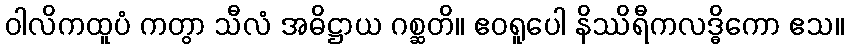
ဝါလိကထူပံ ကတွာ သီလံ အဓိဋ္ဌာယ ဂစ္ဆတိ။ ဧဝရူပေါ နိဿိရီကလဒ္ဓိကော ဧသ။